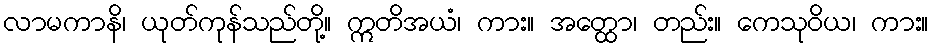
လာမကာနိ၊ ယုတ်ကုန်သည်တို့။ ဣတိအယံ၊ ကား။ အတ္ထော၊ တည်း။ ကေသုဝိယ၊ ကား။